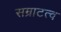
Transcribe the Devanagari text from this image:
सम्राटत्व